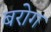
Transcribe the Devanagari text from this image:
बरोग